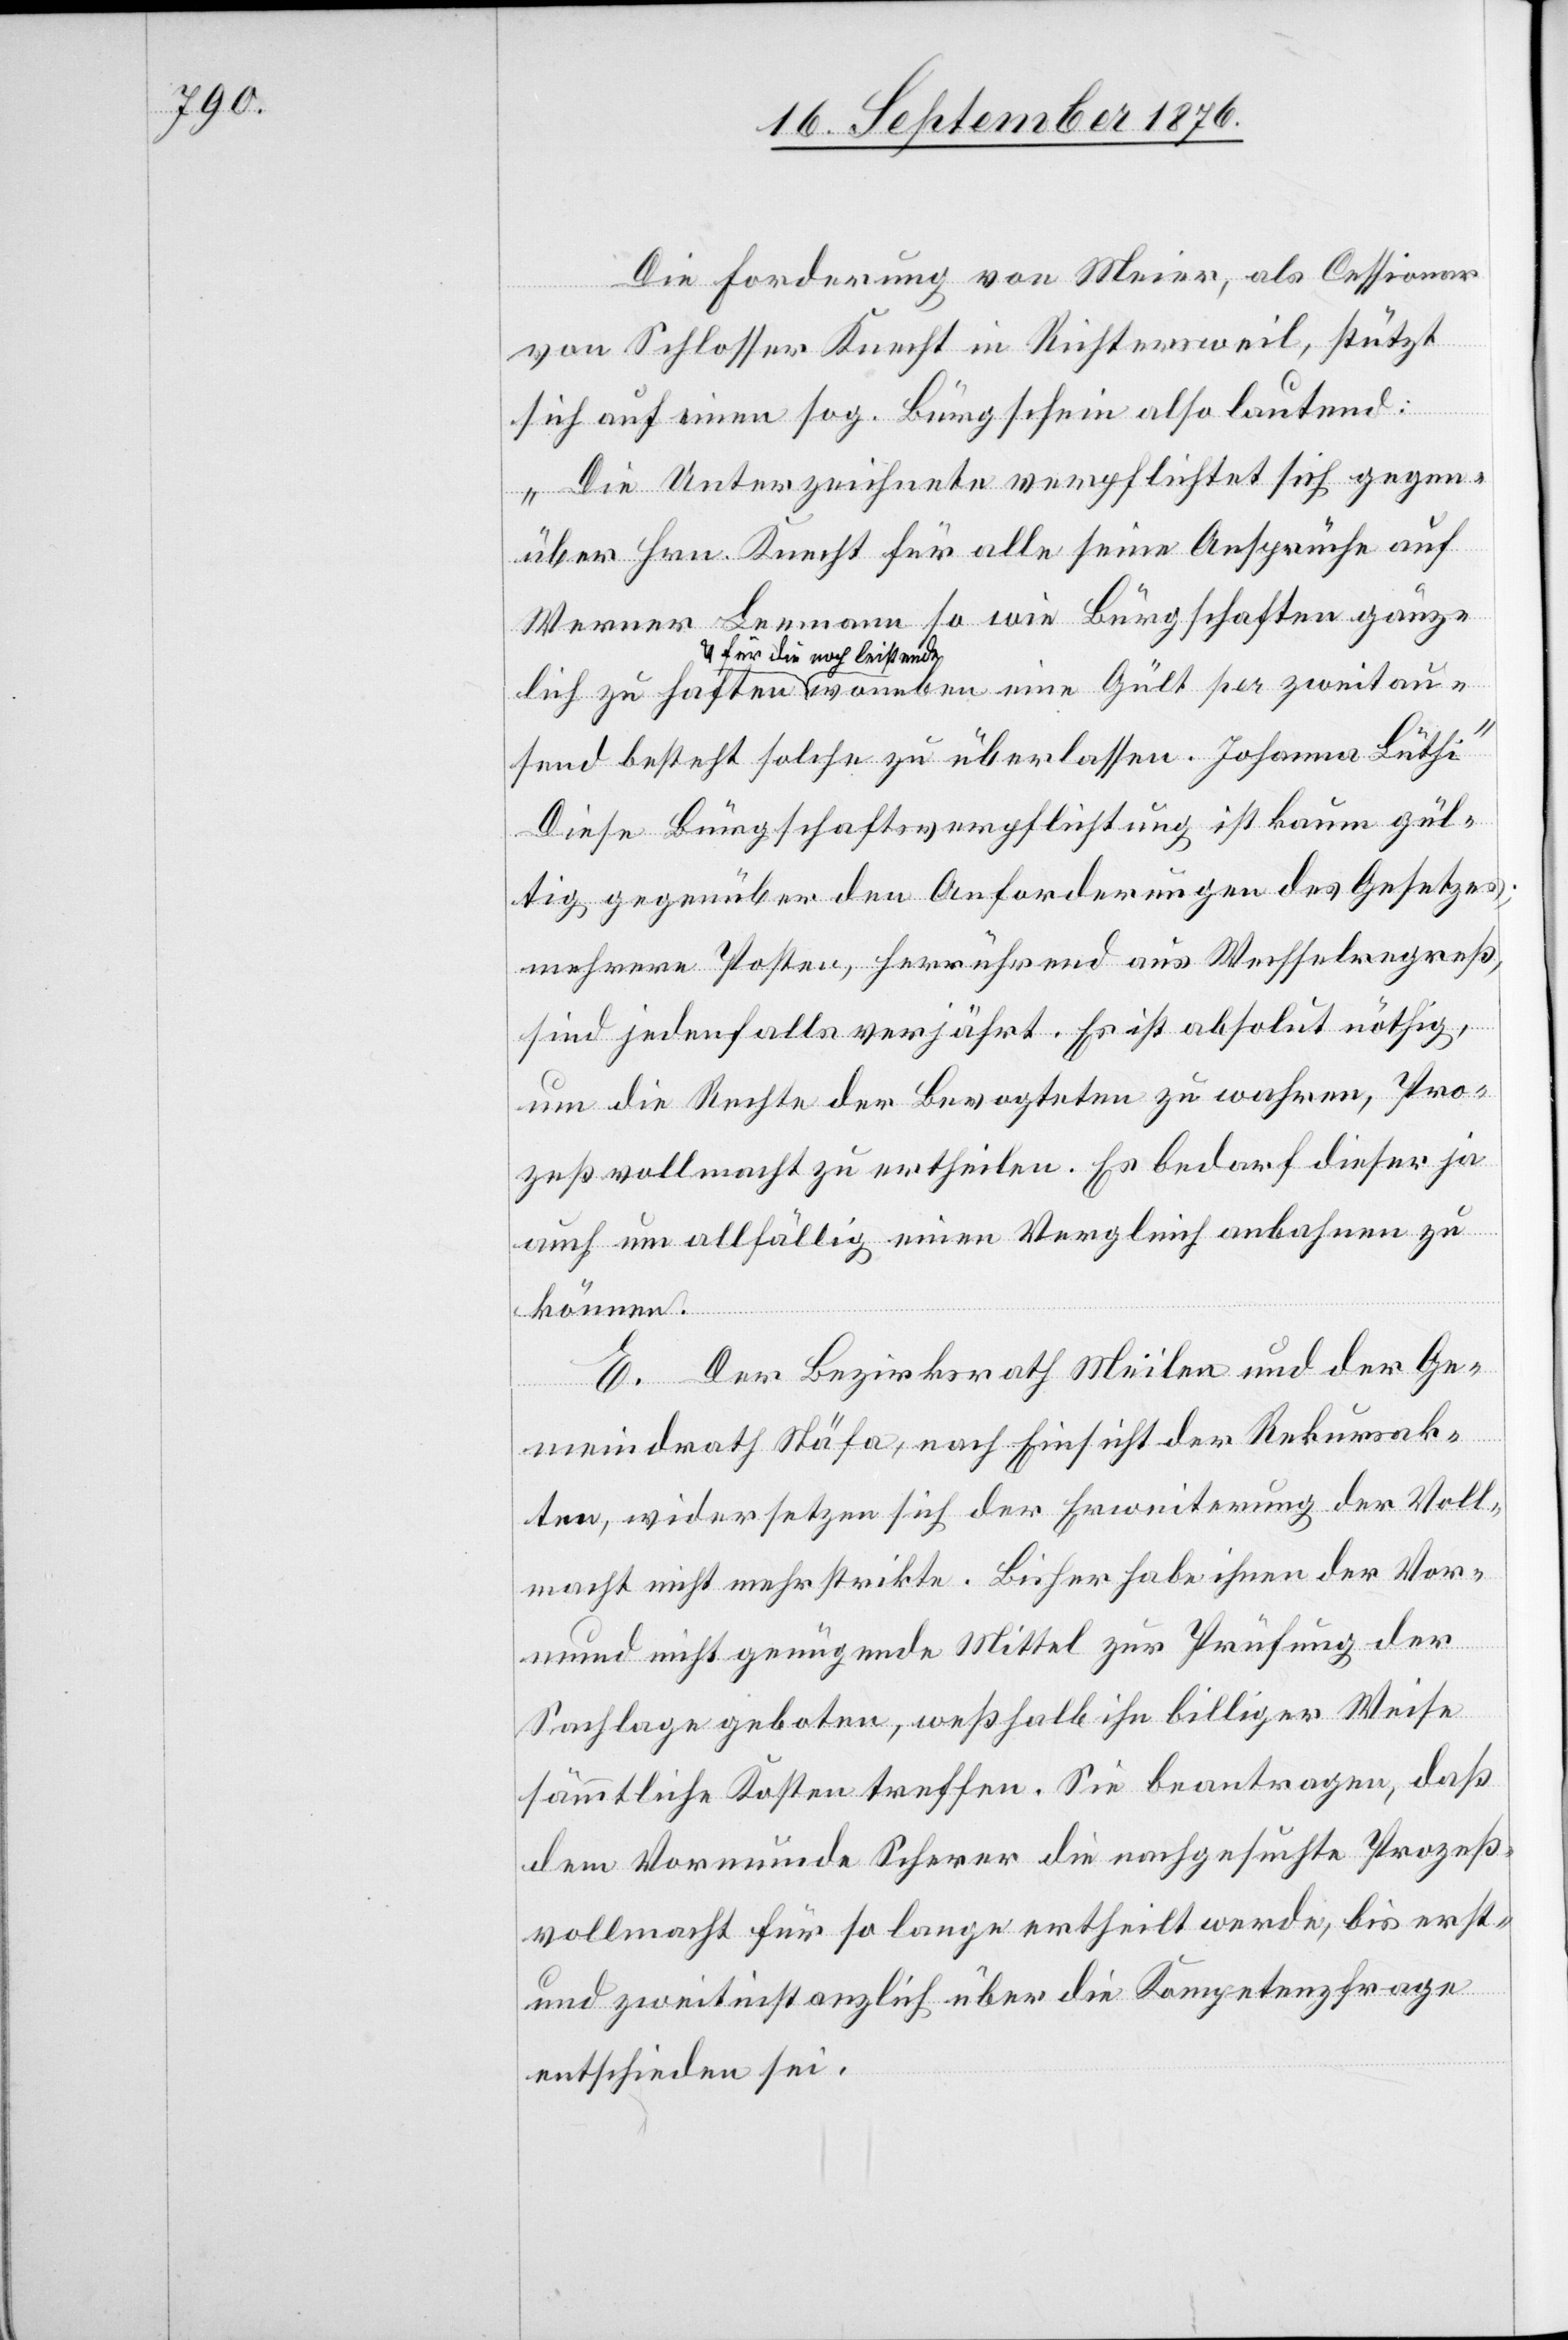
Die Forderung von Meier, als Cessionar
von Schlosser Knecht in Richtersweil, stützt
sich auf einen sog. Bürgschein also lautend:
„Die Unterzeichnete verpflichtet sich gegen¬
über Hrn. Knecht für alle seine Ansprüche auf
Werner Leemann so wie Bürgschaften gänz¬
für die noch leistende
send besteht solche zu überlassen. Johanna Lüthi“
Diese Bürgschaftsverpflichtung ist kaum gül¬
tig gegenüber den Anforderungen des Gesetzes;
mehrerer Posten, herrührend aus Wechselregreß,
sind jedenfalls verjährt. Es ist absolut nöthig,
um die Rechte der Bevogteten zu wahren, Pro¬
zeßvollmacht zu ertheilen. Es bedarf dieser ja
auch um allfällig einen Vergleich anbahnen zu
können.
E. Der Bezirksrath Meilen und der Ge¬
zweitau¬
meindrath Stäfa, nach Einsicht der Rekursak¬
ten, widersetzen sich der Erweiterung der Voll¬
macht nicht mehr strikte. Bisher habe ihnen der Vor¬
mund nicht genügende Mittel zur Prüfung der
Sachlage geboten, weßhalb ihn billiger Weise
sämmtliche Kosten treffen. Sie beantragen, daß
dem Vormunde Scherer die nachgesuchte Prozeß¬
vollmacht für so lange ertheilt werde, bis erst-
und zweitinstanzlich über die Kompetenzfrage
entschieden sei.